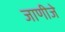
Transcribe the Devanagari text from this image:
जाणीजे